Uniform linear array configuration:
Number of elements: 24
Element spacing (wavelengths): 0.5
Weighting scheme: blackman
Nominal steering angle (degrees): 60
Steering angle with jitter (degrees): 59.446
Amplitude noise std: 0.05
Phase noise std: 0.05

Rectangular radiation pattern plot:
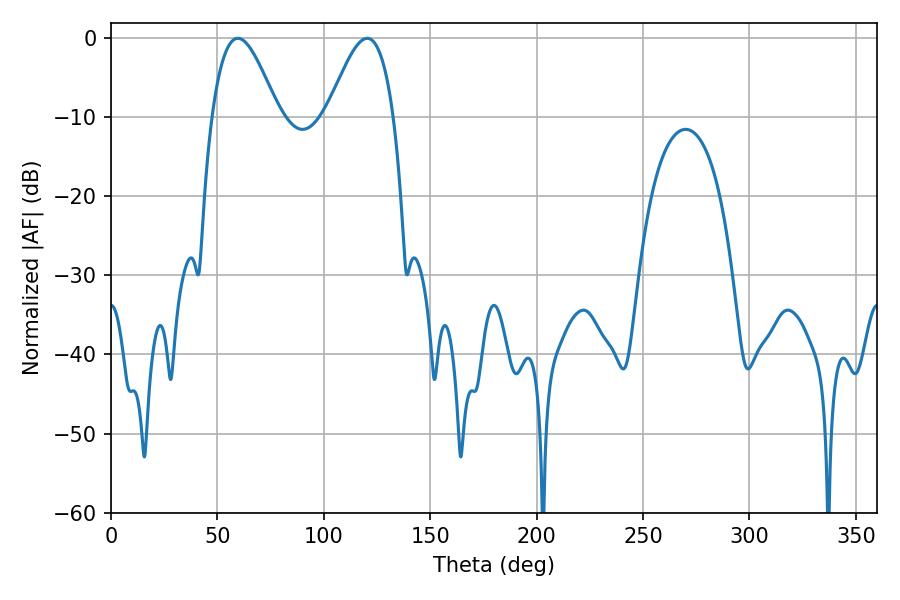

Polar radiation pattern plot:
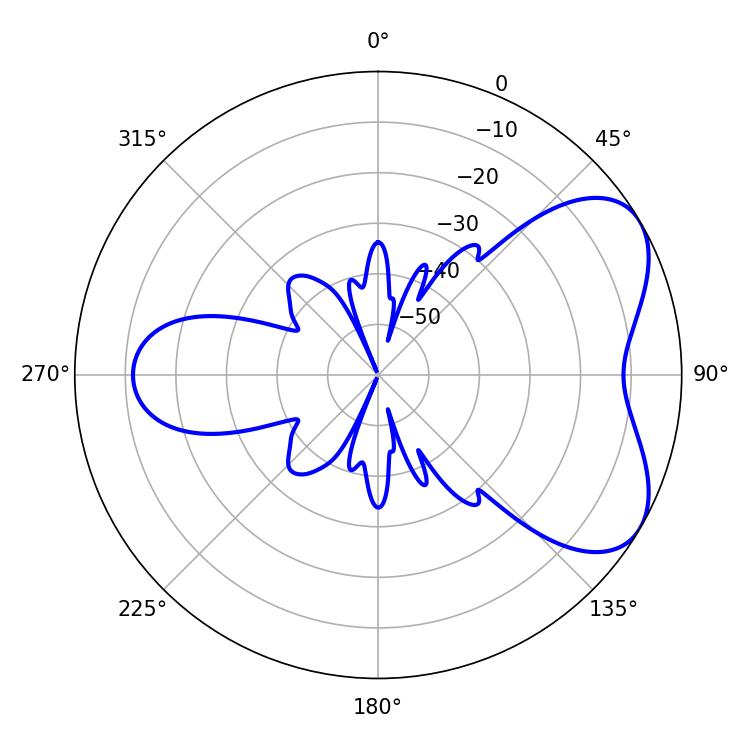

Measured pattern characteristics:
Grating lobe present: FALSE
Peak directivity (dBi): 5.567
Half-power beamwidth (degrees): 16.74
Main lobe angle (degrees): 59.58